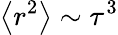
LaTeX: \left\langle{r^{2}}\right\rangle\sim\tau^{3}